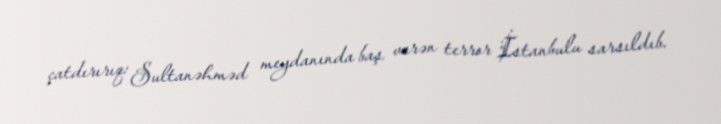
çatdırırıq: Sultanəhməd meydanında baş verən terror İstanbulu sarsıldıb.